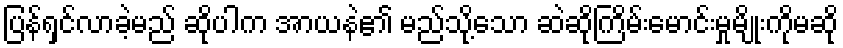
ပြန်ရှင်လာခဲ့မည် ဆိုပါက အာယနဲ၏ မည်သို့သော ဆဲဆိုကြိမ်းမောင်းမှုမျိုးကိုမဆို